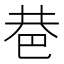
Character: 𢀼